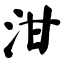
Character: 泔